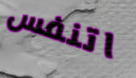
اتنفس